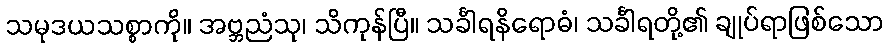
သမုဒယသစ္စာကို။ အဗ္ဘညံသု၊ သိကုန်ပြီ။ သင်္ခါရနိရောဓံ၊ သင်္ခါရတို့၏ ချုပ်ရာဖြစ်သော